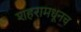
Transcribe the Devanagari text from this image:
शहरामधूनच